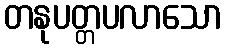
တနုပတ္တပလာသော